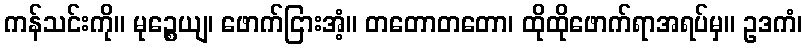
ကန်သင်းကို။ မုဉ္စေယျ၊ ဖောက်ငြားအံ့။ တတောတတော၊ ထိုထိုဖောက်ရာအရပ်မှ။ ဥဒကံ၊